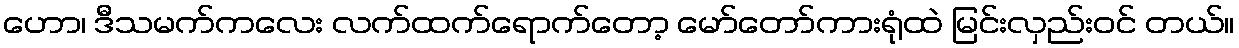
ဟော၊ ဒီသမက်ကလေး လက်ထက်ရောက်တော့ မော်တော်ကားရုံထဲ မြင်းလှည်းဝင် တယ်။